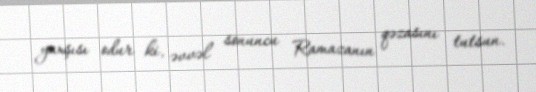
yaxşısı odur ki, əvvəl sonuncu Ramazanın qəzasını tutsun.